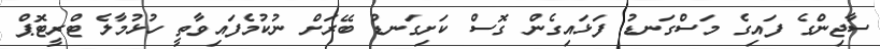
ސާޖިންގެ ފައިގެ މަސްގަނޑު ފަޅައިގެން ގޮސް ކަށިގަނޑު ބޭރަށް ނުކުމެފައިވާތީ ހުޅުމާލެ ޓްރީޓޮޕް